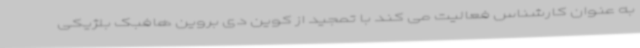
به عنوان کارشناس فعالیت می کند با تمجید از کوین دی بروین هافبک بلژیکی